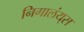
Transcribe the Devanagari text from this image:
निगालंय्‌स